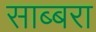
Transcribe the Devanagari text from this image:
साब्बरा